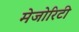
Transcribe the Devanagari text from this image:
मेजोरिटी